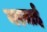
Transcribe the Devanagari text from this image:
नरमाई